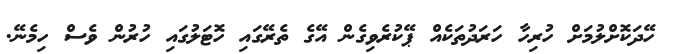
ހޭދަކޮށްލުމަށް ހުރިހާ ހަރަދުތަކެއް ޕޭކުރެވިގެން އޭގެ ތެރޭގައި ހޮޓަލުގައި ހުރުން ވެސް ހިމެނޭ.